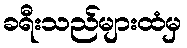
ခရီးသည်များထံမှ